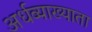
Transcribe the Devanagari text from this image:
अर्धव्याख्याता